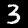
Label: 3